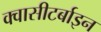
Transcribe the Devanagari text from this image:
क्वासीटर्बाइन